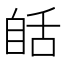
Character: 𦧗